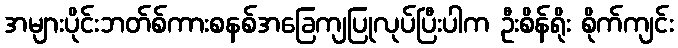
အများပိုင်းဘတ်စ်ကားစနစ်အခြေကျပြုလုပ်ပြီးပါက ဦးစိန်ရိုး စိုက်ကျင်း